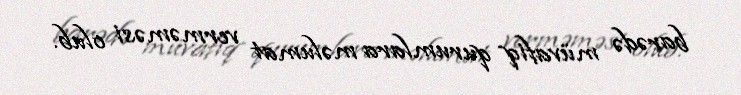
barədə müvafiq qurumlara məlumat verməməsi olub.